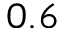
0 . 6